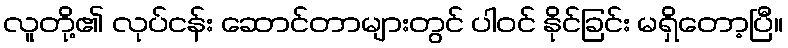
လူတို့၏ လုပ်ငန်း ဆောင်တာများတွင် ပါဝင် နိုင်ခြင်း မရှိတော့ပြီ။